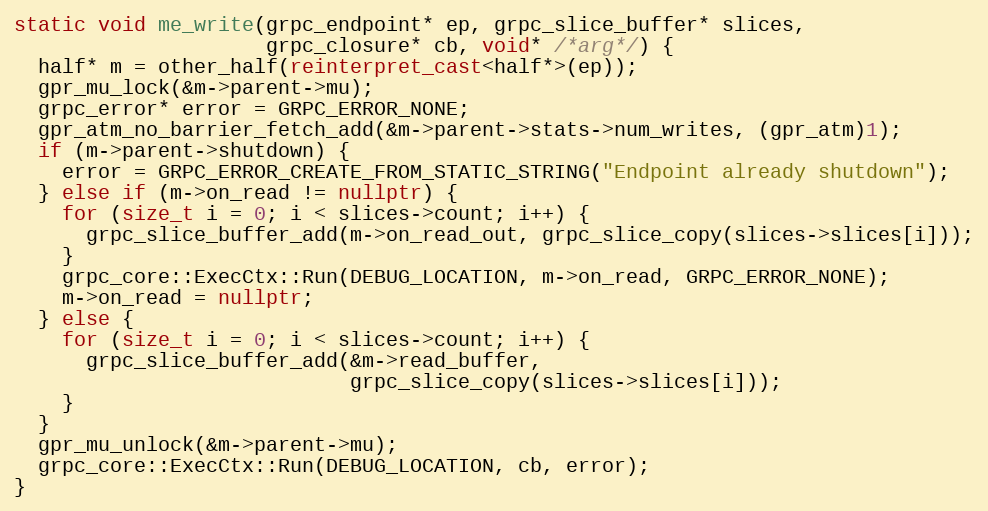
Language: C++
static void me_write(grpc_endpoint* ep, grpc_slice_buffer* slices,
                     grpc_closure* cb, void* /*arg*/) {
  half* m = other_half(reinterpret_cast<half*>(ep));
  gpr_mu_lock(&m->parent->mu);
  grpc_error* error = GRPC_ERROR_NONE;
  gpr_atm_no_barrier_fetch_add(&m->parent->stats->num_writes, (gpr_atm)1);
  if (m->parent->shutdown) {
    error = GRPC_ERROR_CREATE_FROM_STATIC_STRING("Endpoint already shutdown");
  } else if (m->on_read != nullptr) {
    for (size_t i = 0; i < slices->count; i++) {
      grpc_slice_buffer_add(m->on_read_out, grpc_slice_copy(slices->slices[i]));
    }
    grpc_core::ExecCtx::Run(DEBUG_LOCATION, m->on_read, GRPC_ERROR_NONE);
    m->on_read = nullptr;
  } else {
    for (size_t i = 0; i < slices->count; i++) {
      grpc_slice_buffer_add(&m->read_buffer,
                            grpc_slice_copy(slices->slices[i]));
    }
  }
  gpr_mu_unlock(&m->parent->mu);
  grpc_core::ExecCtx::Run(DEBUG_LOCATION, cb, error);
}